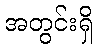
အတွင်းရှိ